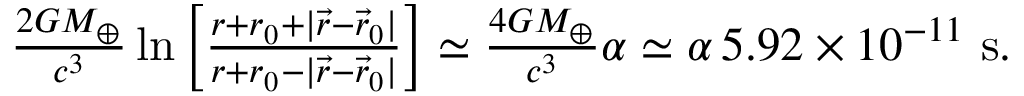
\begin{array} { r } { \frac { 2 G M _ { \oplus } } { c ^ { 3 } } \ln \Big [ \frac { r + r _ { 0 } + | { \vec { r } } - { \vec { r } } _ { 0 } | } { r + r _ { 0 } - | { \vec { r } } - { \vec { r } } _ { 0 } | } \Big ] \simeq \frac { 4 G M _ { \oplus } } { c ^ { 3 } } \alpha \simeq \alpha \, 5 . 9 2 \times 1 0 ^ { - 1 1 } ~ \mathrm { s } . } \end{array}